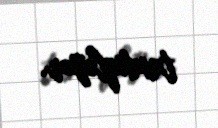
təsdiqləyər.